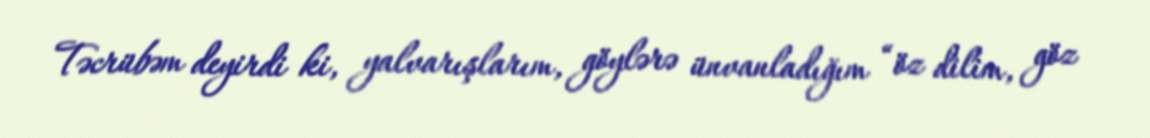
Təcrübəm deyirdi ki, yalvarışlarım, göylərə ünvanladığım “öz dilim, göz